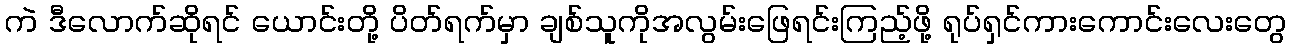
ကဲ ဒီလောက်ဆိုရင် ယောင်းတို့ ပိတ်ရက်မှာ ချစ်သူကိုအလွမ်းဖြေရင်းကြည့်ဖို့ ရုပ်ရှင်ကားကောင်းလေးတွေ